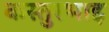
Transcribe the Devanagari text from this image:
कस्तुरभाइ